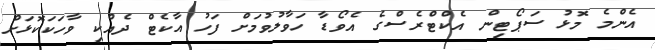
އެންމެ މޮޅު ސަޕޯޓިން އެކްޓްރެސްގެ އެވޯޑާ ހަވާލުވުމަށް ފަހު އާކެޓް ދެއްކި ވާހަކަކޮޅަށް